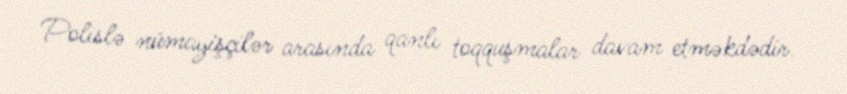
Polislə nümayişçilər arasında qanlı toqquşmalar davam etməkdədir.